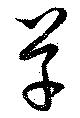
草